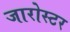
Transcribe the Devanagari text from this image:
जारोस्टर